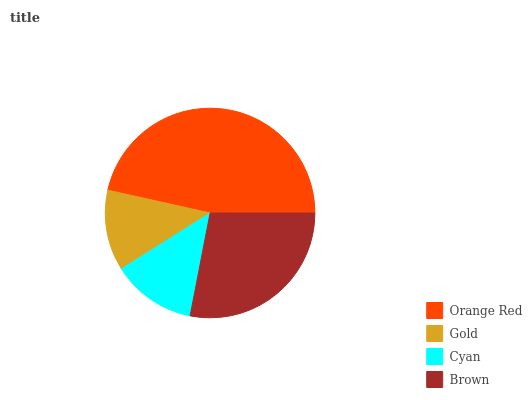
| Orange Red | Gold | Cyan | Brown |
 | --- | --- | --- | --- |
 | 46.5% | 12.5% | 13% | 28% |